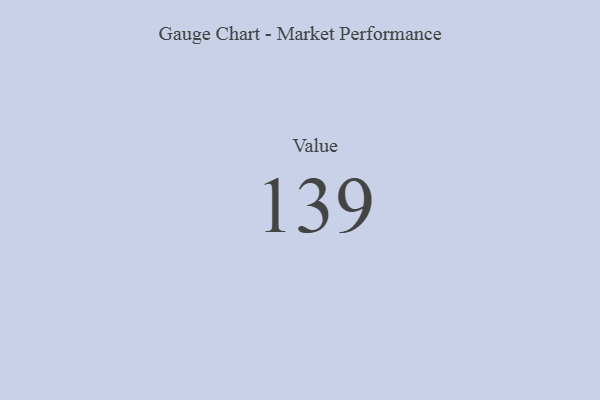
{"axis": {"x": "Metric", "y": "Value"}, "legend": [""], "data": [{"x": "Value", "y": 139, "type": ""}]}